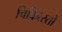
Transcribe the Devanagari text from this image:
चिकित्स्तों